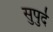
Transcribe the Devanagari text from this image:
सुपुर्दे